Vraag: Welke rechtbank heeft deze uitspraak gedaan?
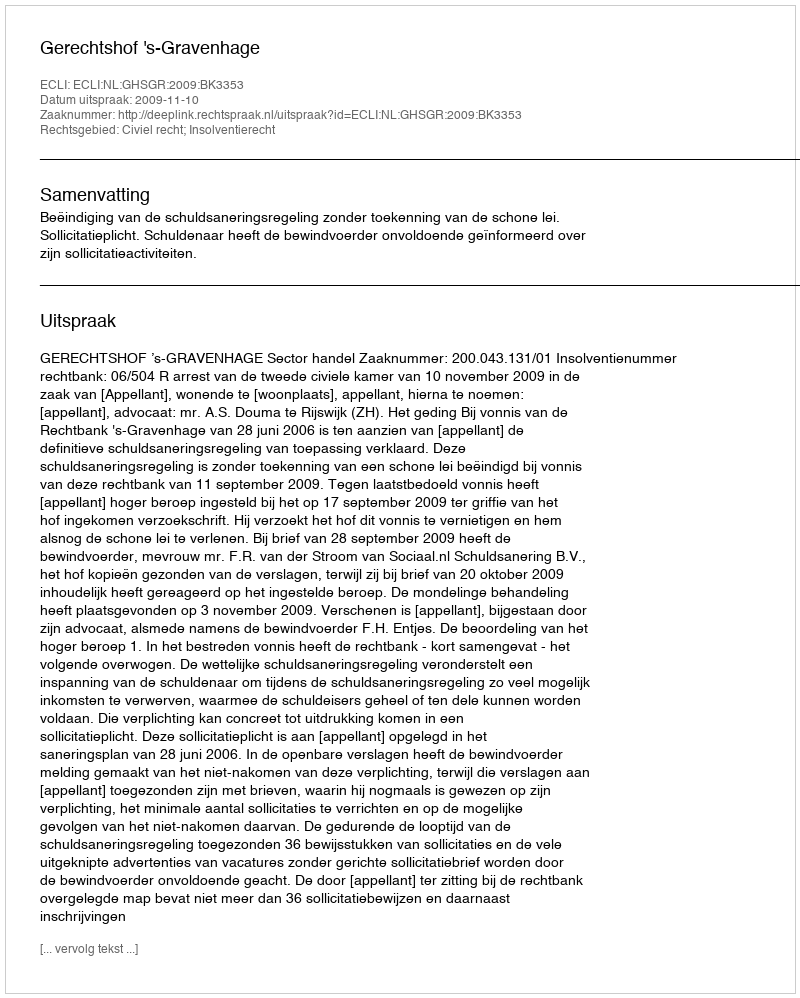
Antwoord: Gerechtshof 's-Gravenhage